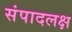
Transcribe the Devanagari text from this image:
संपादलक्ष